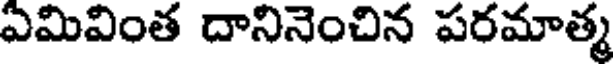
ఏమివింత దానినెంచిన పరమాత్మ